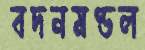
বদনমণ্ডল